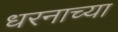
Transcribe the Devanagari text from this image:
धरनाच्या